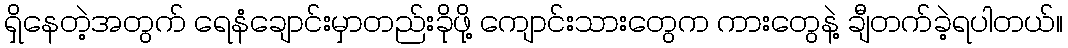
ရှိနေတဲ့အတွက် ရေနံချောင်းမှာတည်းခိုဖို့ ကျောင်းသားတွေက ကားတွေနဲ့ ချီတက်ခဲ့ရပါတယ်။